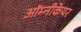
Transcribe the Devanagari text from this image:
ऑम्नीकेयर